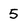
Character: 5